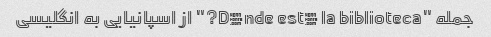
جمله "Dónde está la biblioteca?" از اسپانیایی به انگلیسی